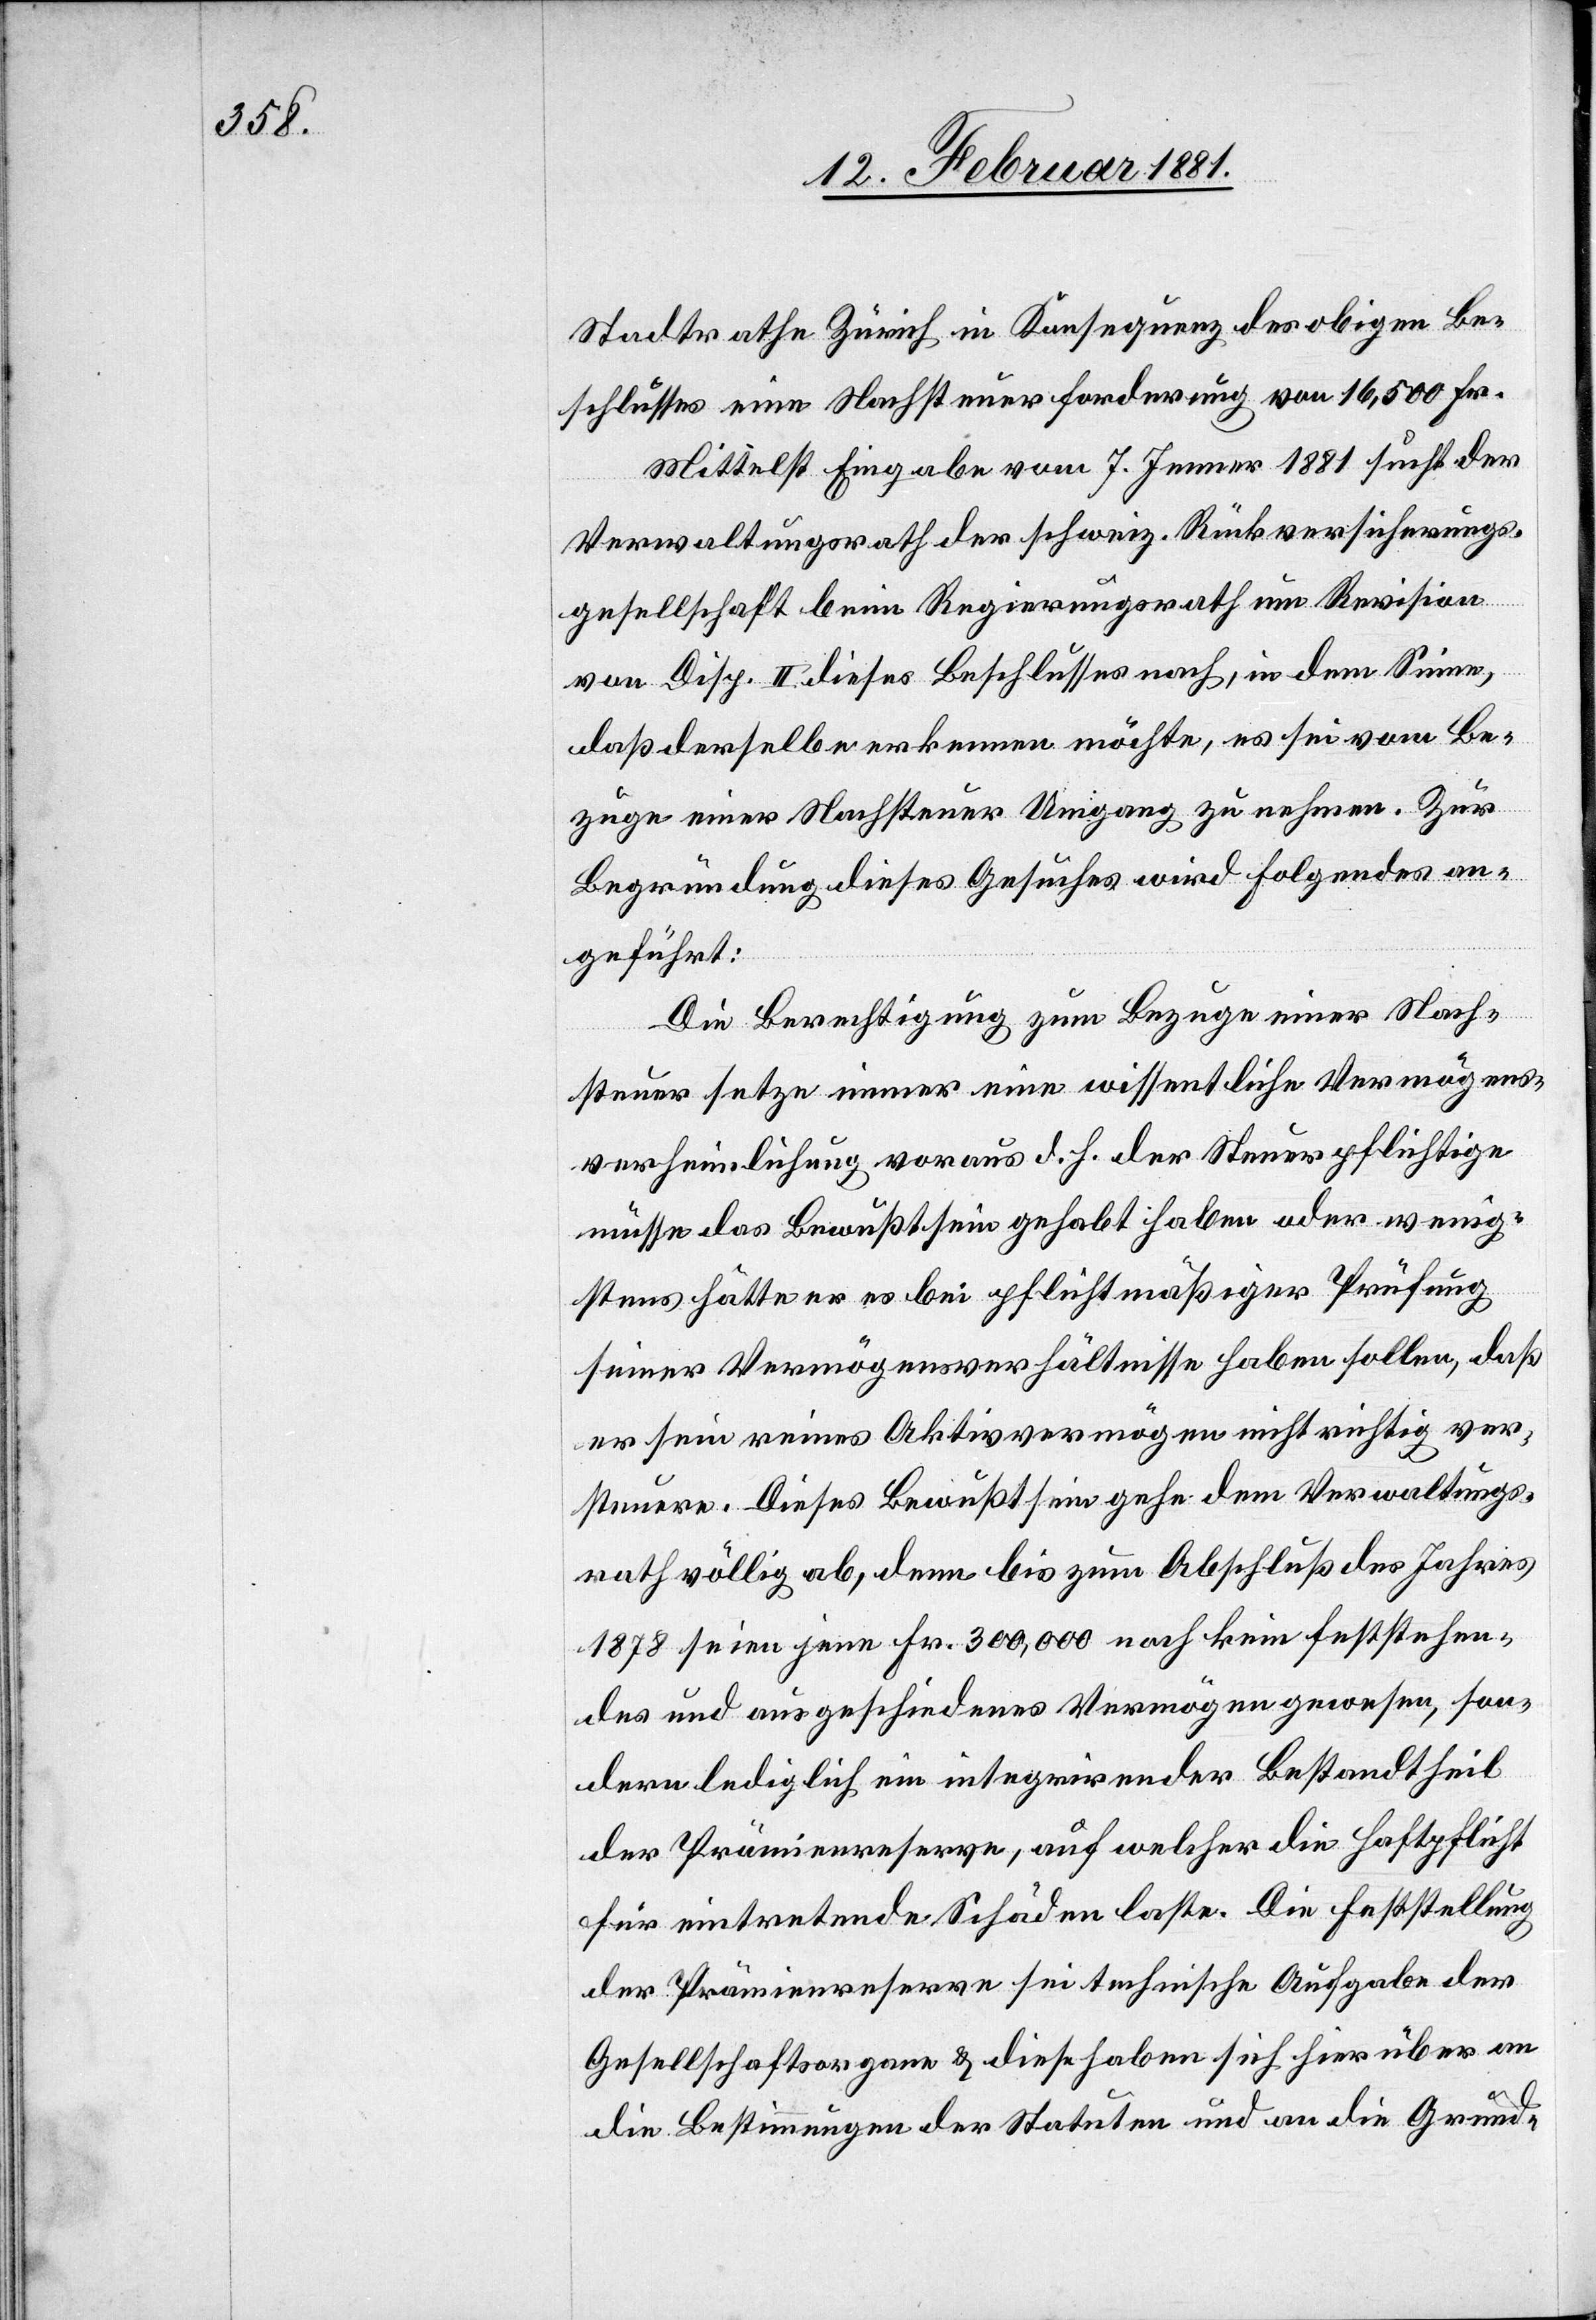
Stadtrathe Zürich in Konsequenz des obigen Be¬
schlusses eine Nachsteuerforderung von 16,500 Fr.
Mittelst Eingabe vom 7. Jenner 1881 sucht der
Verwaltungsrath der schweiz. Rückversicherungs¬
gesellschaft beim Regierungsrath um Revision
von Disp. II. dieses Beschlusses nach, in dem Sinne,
daß derselbe erkennen möchte, es sei vom Be¬
zuge einer Nachsteuer Umgang zu nehmen. Zur
Begründung dieses Gesuches wird Folgendes an¬
geführt:
Die Berechtigung zum Bezuge einer Nach¬
steuer setze immer eine wissentliche Vermögens¬
verheimlichung voraus d. h. der Steuerpflichtige
müsse das Bewußtsein gehabt haben oder wenig¬
stens hätte er es bei pflichtgemäßiger Prüfung
seiner Vermögensverhältnisse haben sollen, daß
er sein reines Aktivvermögen nicht richtig ver¬
steuere. Dieses Bewußtsein gehe dem Verwaltungs¬
rath völlig ab, denn bis zum Abschluß des Jahres
1878 seien jene Fr. 300,000 noch kein feststehen¬
des und ausgeschiedenes Vermögen gewesen, son¬
dern lediglich ein integrirender Bestandtheil
der Prämienreserve, auf welcher die Haftpflicht
für eintretende Schäden laste. Die Feststellung
der Prämienreserve sei technische Aufgabe der
Gesellschaftsorgane & diese haben sich hierüber an
die Bestimmungen der Statuten und an die Grund-